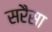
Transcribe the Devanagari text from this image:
सरैसा